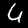
Digit: 4